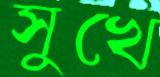
সুখে